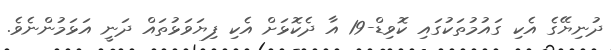
ދުނިޔޭގެ އެކި ގައުމުތަކުގައި ކޮވިޑް-19 އާ ދެކޮޅަށް އެކި ފިޔަވަޅުތައް ދަނީ އަޅަމުންނެވެ.